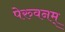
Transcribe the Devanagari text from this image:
पेरुवनम्